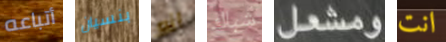
أتباعه بنسيان انه شباك ومشعل انت